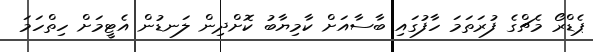
ޕެޑްރޯ މެޗްގެ ފުރަތަމަ ހާފުގައި ބާސާއަށް ކާމިޔާބު ކޮށްދިން ލަނޑުން އެޓީމަށް ހިތްހަމަ